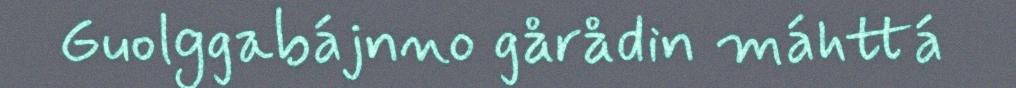
Guolggabájnno gårådin máhttá